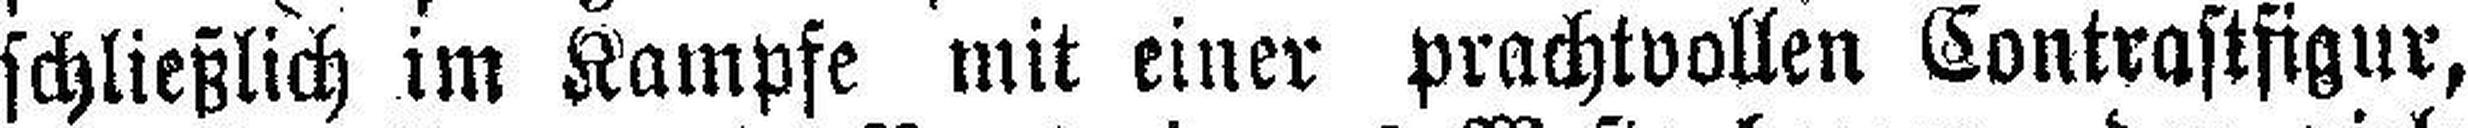
schließlich im Kampfe mit einer prachtvollen Contrastfigur,